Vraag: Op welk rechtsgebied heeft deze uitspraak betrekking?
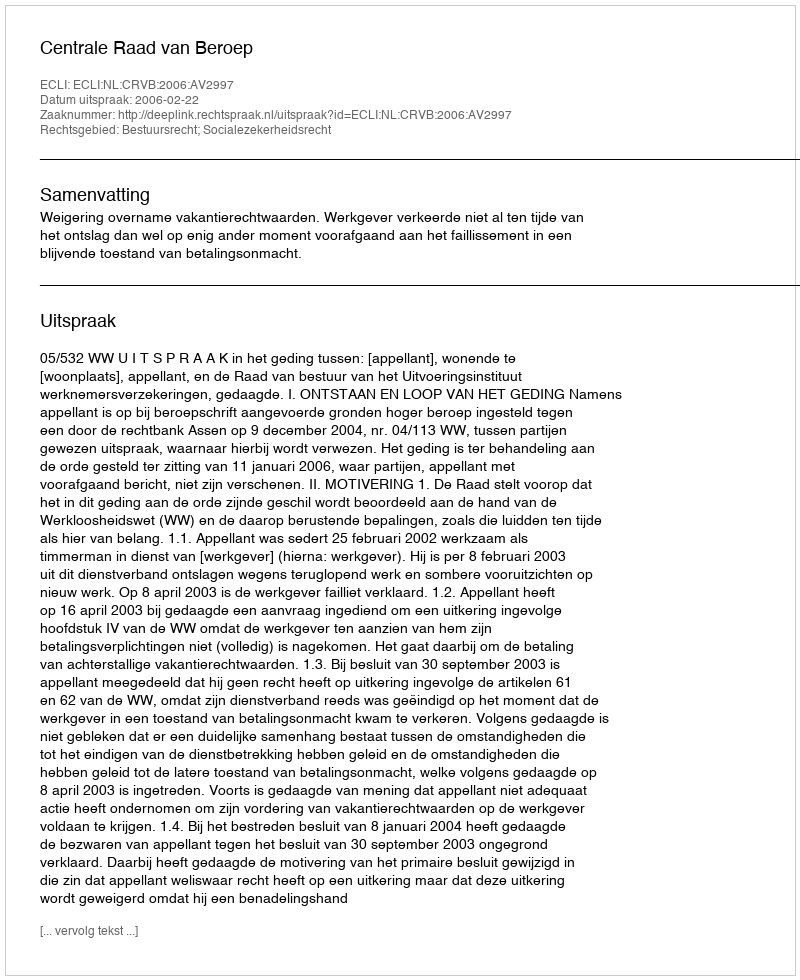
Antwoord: Bestuursrecht; Socialezekerheidsrecht